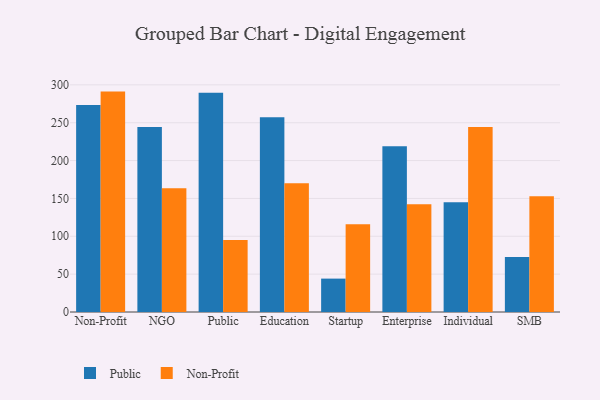
{"axis": {"x": "Segment", "y": "Temperature (°C)"}, "legend": ["Non-Profit", "Public"], "data": [{"x": "Non-Profit", "y": 273.4, "type": "Public"}, {"x": "Non-Profit", "y": 291.1, "type": "Non-Profit"}, {"x": "NGO", "y": 244.2, "type": "Public"}, {"x": "NGO", "y": 163.5, "type": "Non-Profit"}, {"x": "Public", "y": 289.5, "type": "Public"}, {"x": "Public", "y": 95.2, "type": "Non-Profit"}, {"x": "Education", "y": 257.2, "type": "Public"}, {"x": "Education", "y": 169.9, "type": "Non-Profit"}, {"x": "Startup", "y": 44.1, "type": "Public"}, {"x": "Startup", "y": 115.9, "type": "Non-Profit"}, {"x": "Enterprise", "y": 218.9, "type": "Public"}, {"x": "Enterprise", "y": 142.2, "type": "Non-Profit"}, {"x": "Individual", "y": 144.9, "type": "Public"}, {"x": "Individual", "y": 244.5, "type": "Non-Profit"}, {"x": "SMB", "y": 72.7, "type": "Public"}, {"x": "SMB", "y": 152.9, "type": "Non-Profit"}]}